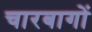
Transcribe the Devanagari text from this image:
चारबागों